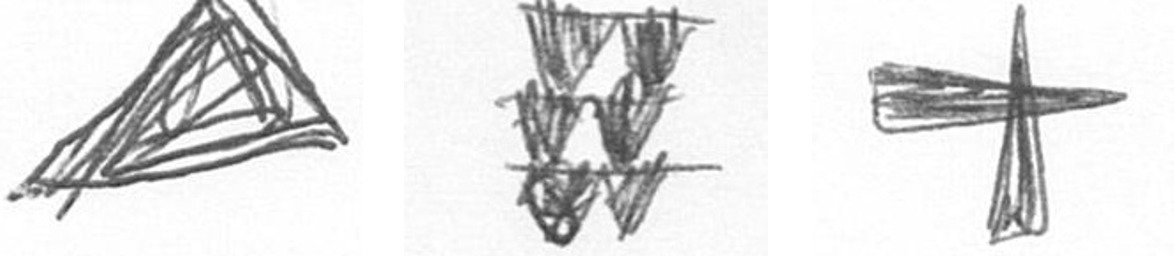
O Y G